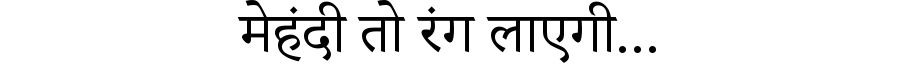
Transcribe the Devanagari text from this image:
मेहंदी तो रंग लाएगी...